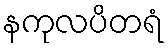
နကုလပိတရံ